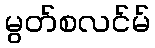
မွတ်စလင်မ်